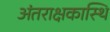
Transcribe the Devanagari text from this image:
अंतराक्षकास्थि